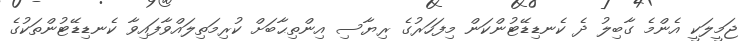
ޖަމީލަކީ އެންމެ ގާބިލު ދެ ކެނޑިޑޭޓުންކަން މިފަހަރުގެ ރިޔާސި އިންތިޙާބަށް ކުރިމަތިލައްވާފައިވާ ކެނޑިޑޭޓުންތަކުގެ